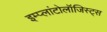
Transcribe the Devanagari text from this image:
इम्प्लांटोलॉजिस्ट्स